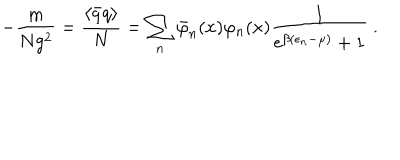
LaTeX: - \frac { m } { N g ^ { 2 } } = \frac { \langle \bar { q } q \rangle } { N } = \sum _ { n } \bar { \varphi } _ { n } ( x ) \varphi _ { n } ( x ) \frac { 1 } { \mathrm { e } ^ { \beta ( \epsilon _ { n } - \mu ) } + 1 } \ .